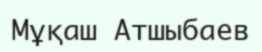
Мұқаш Атшыбаев